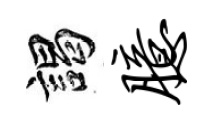
謁臆